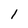
Character: 1